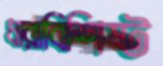
ধারাবিশিষ্ট